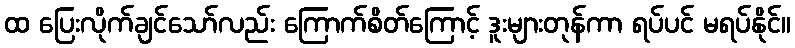
ထ ပြေးလိုက်ချင်သော်လည်း ကြောက်စိတ်ကြောင့် ဒူးများတုန်ကာ ရပ်ပင် မရပ်နိုင်။